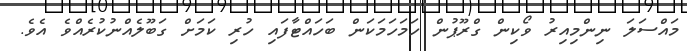
މައްސަލަ ނިންމިއިރު ވޯކިން ގްރޫޕުން ހަމަހަމަކަން ބަހައްޓާފައި ހުރި ކަމަށް ގަބޫލެއްނުކުރެއްވެ އެވެ.